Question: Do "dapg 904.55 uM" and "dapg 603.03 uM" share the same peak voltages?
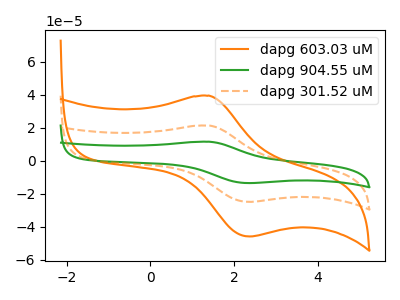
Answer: <think>The orange curve "dapg 603.03 uM" has an anodic peak at (1.40V, 39.45uA) and a cathodic peak at (2.35V, -45.75uA). The green curve "dapg 904.55 uM" has an anodic peak at (1.40V, 42.75uA) and a cathodic peak at (2.35V, -49.60uA). The orange dashed curve "dapg 301.52 uM" has an anodic peak at (1.40V, 21.40uA) and a cathodic peak at (2.35V, -24.80uA).</think>
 <answer>Yes, "dapg 904.55 uM" have a peak in "dapg 603.03 uM" at the same potential.</answer>
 <eval>match</eval>